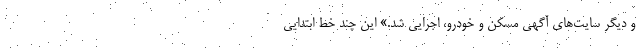
و دیگر سایت‌های آگهی مسکن و خودرو، اجرایی شد.» این چند خط ابتدایی